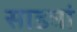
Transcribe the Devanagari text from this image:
साड्यां